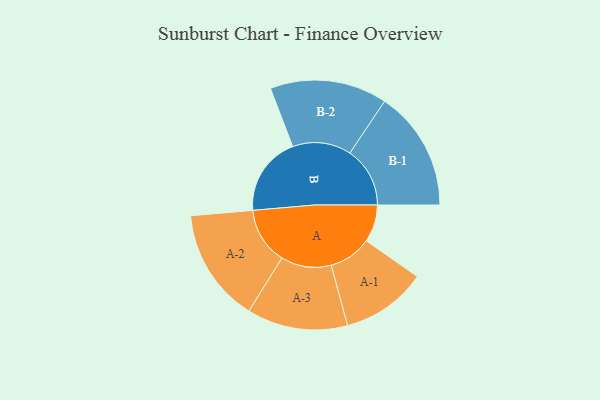
{"axis": {"x": "Segment", "y": "Value"}, "legend": ["", "A", "B"], "data": [{"x": "A", "y": 127, "type": ""}, {"x": "B", "y": 269, "type": ""}, {"x": "A-1", "y": 145, "type": "A"}, {"x": "A-2", "y": 193, "type": "A"}, {"x": "A-3", "y": 171, "type": "A"}, {"x": "B-1", "y": 204, "type": "B"}, {"x": "B-2", "y": 199, "type": "B"}]}